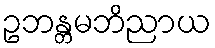
ဥဘန္တမဘိညာယ